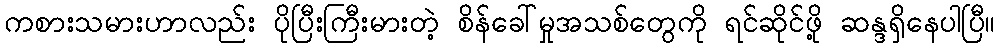
ကစားသမားဟာလည်း ပိုပြီးကြီးမားတဲ့ စိန်ခေါ်မှုအသစ်တွေကို ရင်ဆိုင်ဖို့ ဆန္ဒရှိနေပါပြီ။